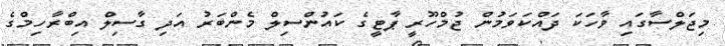
މިޖަލްސާގައި ވާހަކަ ދައްކަވަމުން ޖުމްހޫރީ ޕާޓީގެ ކައުންސިލް މެންބަރު އަދި ގާސިލް އިބްރާހިމްގެ